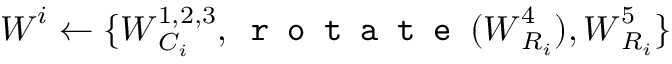
\boldsymbol { W } ^ { i } \leftarrow \{ \boldsymbol { W } _ { C _ { i } } ^ { 1 , 2 , 3 } , \texttt { r o t a t e } ( \boldsymbol { W } _ { R _ { i } } ^ { 4 } ) , \boldsymbol { W } _ { R _ { i } } ^ { 5 } \}